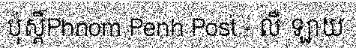
ប៉ុស្តិ៍Phnom Penh Post - លឺ ឡាយ